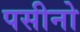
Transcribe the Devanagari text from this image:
पसीनो